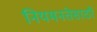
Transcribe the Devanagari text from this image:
नियमनतेसाठी